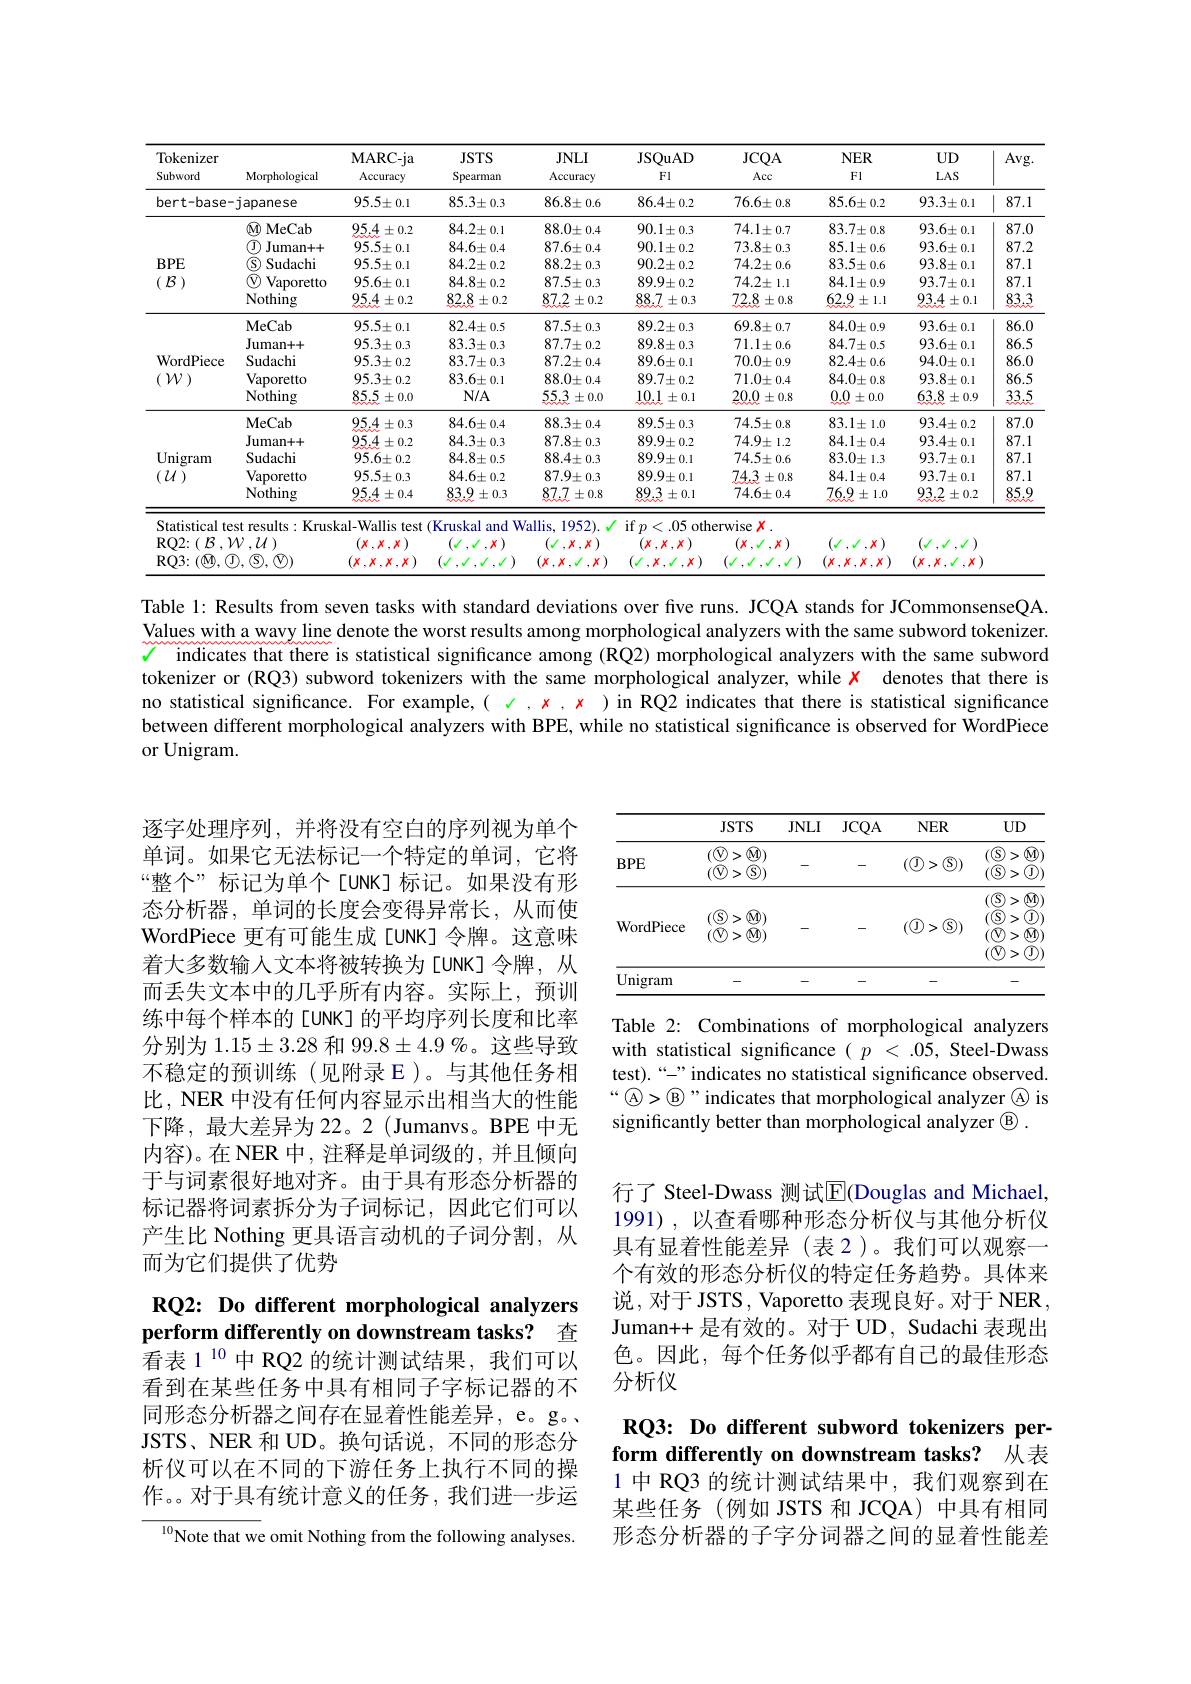
<table>
	<tbody>
		<tr>
			<th>Tokenizer Subword</th>
			<th>Morphological</th>
			<th>MARC- ja Accuracy</th>
			<th>$JSTS$ Spearman</th>
			<th>$JNLI$ Accuracy</th>
			<th>JSQuAD Fl</th>
			<th>$JCQA$ Acc</th>
			<th>$NER$ $F1$</th>
			<th>$UD$ $LAS$</th>
			<th>Avg</th>
		</tr>
		<tr>
			<td>bert-base</td>
			<td>japanese</td>
			<td>$95.5\pm0.1$</td>
			<td>$85.3\pm0.3$</td>
			<td>$86.8\pm0.6$</td>
			<td>$86.4\pm0.2$</td>
			<td>$76.6\pm0.8$</td>
			<td>$85.6\pm0.2$</td>
			<td>$93.3\pm0.1$</td>
			<td>87.1 1 1</td>
		</tr>
		<tr>
			<td rowspan="5">$BPE$ ( $\mathcal{B}$ )</td>
			<td>$\textcircled{\mathrm{M}}$ MeCab</td>
			<td>$95.4\pm0.2$</td>
			<td>$84.2\pm0.1$</td>
			<td>$88.0\pm0.4$</td>
			<td>$90.1\pm0.3$</td>
			<td>$74.1\pm0.7$</td>
			<td>$83.7\pm0.8$</td>
			<td>$93.6\pm0.1$</td>
			<td>87.0</td>
		</tr>
		<tr>
			<td>$\textcircled{\mathrm{T}}$, ${\mathrm{Juman++}}$</td>
			<td>$95.5\pm0.1$</td>
			<td>$84.6\pm0.4$</td>
			<td>$87.6\pm0.4$</td>
			<td>$90.1\pm0.2$</td>
			<td>$73.8\pm0.3$</td>
			<td>$85.1\pm0.6$</td>
			<td>$93.6\pm0.1$</td>
			<td>87.2</td>
		</tr>
		<tr>
			<td>Sudachi $\Lambda$</td>
			<td>$95.5\pm0.1$</td>
			<td>$84.2\pm0.2$</td>
			<td>$88.2\pm0.3$</td>
			<td>$90.2\pm0.2$</td>
			<td>$74.2\pm0.6$</td>
			<td>$83.5\pm0.6$</td>
			<td>$93.8\pm0.1$</td>
			<td>87.1</td>
		</tr>
		<tr>
			<td>Vaporetto</td>
			<td>$95.6\pm0.1$</td>
			<td>$84.8\pm0.2$</td>
			<td>$87.5\pm0.3$</td>
			<td>$89.9\pm0.2$</td>
			<td>$74.2\pm1.1$</td>
			<td>$84.1\pm0.9$</td>
			<td>$93.7\pm0.1$</td>
			<td>87.1</td>
		</tr>
		<tr>
			<td>Nothing</td>
			<td>95.4 $\therefore\pm0.2$</td>
			<td>82.8 $\pm0.2$</td>
			<td>87.2 $\pm0.2$ </td>
			<td>88.7 $\pm0.3$</td>
			<td>72.8 $\pm0.8$</td>
			<td>62.9 $\pm1.1$</td>
			<td>$93.4\pm0.1$</td>
			<td>83.3</td>
		</tr>
		<tr>
			<td rowspan="5">WordPiece ( $\mathcal{W}$ )</td>
			<td>MeCab</td>
			<td>$95.5\pm0.1$</td>
			<td>$82.4\pm0.5$</td>
			<td>$87.5\pm0.3$</td>
			<td>$89.2\pm0.3$</td>
			<td>$69.8\pm0.7$</td>
			<td>$84.0\pm0.9$</td>
			<td>$93.6\pm0.1$</td>
			<td>86.0</td>
		</tr>
		<tr>
			<td>${\mathrm{Juman++}}$</td>
			<td>$95.3\pm0.3$</td>
			<td>$83.3\pm0.3$</td>
			<td>$87.7\pm0.2$</td>
			<td>$89.8\pm0.3$</td>
			<td>$71.1\pm0.6$</td>
			<td>$84.7\pm0.5$</td>
			<td>$93.6\pm0.1$</td>
			<td>86.5</td>
		</tr>
		<tr>
			<td>Sudachi</td>
			<td>$95.3\pm0.2$</td>
			<td>$83.7\pm0.3$</td>
			<td>$87.2\pm0.4$</td>
			<td>$89.6\pm0.1$</td>
			<td>$70.0\pm0.9$</td>
			<td>$82.4\pm0.6$</td>
			<td>$94.0\pm0.1$</td>
			<td>86.0</td>
		</tr>
		<tr>
			<td>Vaporetto</td>
			<td>$95.3\pm0.2$</td>
			<td>$83.6\pm0.1$</td>
			<td>$88.0\pm0.4$</td>
			<td>$89.7\pm0.2$</td>
			<td>$71.0\pm0.4$</td>
			<td>$84.0\pm0.8$</td>
			<td>$93.8\pm0.1$</td>
			<td>86.5</td>
		</tr>
		<tr>
			<td>$\bar{\text{Nothing}}$</td>
			<td>85.5 $\pm0.0$</td>
			<td>$N/A$</td>
			<td>55.3 $\pm0.0$</td>
			<td>10.1 $\pm0.1$</td>
			<td>20.0 $\pm0.8$</td>
			<td>0.0 $\pm0.0$</td>
			<td>63.8 $\pm0.9$</td>
			<td>33.5</td>
		</tr>
		<tr>
			<td rowspan="5">Unigram $(U)$</td>
			<td>MeCab</td>
			<td>$95.4\pm0.3$</td>
			<td>$84.6\pm0.4$</td>
			<td>$88.3\pm0.4$</td>
			<td>$89.5\pm0.3$</td>
			<td>$74.5\pm0.8$</td>
			<td>$83.1\pm1.0$</td>
			<td>$93.4\pm0.2$</td>
			<td>87.0</td>
		</tr>
		<tr>
			<td>Juman++</td>
			<td>95. $\pm0.2$ 4</td>
			<td>$84.3\pm0.3$</td>
			<td>$87.8\pm0.3$</td>
			<td>$89.9\pm0.2$</td>
			<td>$74.9\pm1.2$</td>
			<td>$84.1\pm0.4$</td>
			<td>$93.4\pm0.1$</td>
			<td>87.1</td>
		</tr>
		<tr>
			<td>Sudachi</td>
			<td>$95.6\pm0.2$</td>
			<td>$84.8\pm0.5$</td>
			<td>$88.4\pm0.3$</td>
			<td>$89.9\pm0.1$</td>
			<td>$74.5\pm0.6$</td>
			<td>$83.0\pm1.3$</td>
			<td>$93.7\pm0.1$</td>
			<td>87.1</td>
		</tr>
		<tr>
			<td>Vaporetto</td>
			<td>$95.5\pm0.3$</td>
			<td>$84.6\pm0.2$</td>
			<td>$87.9\pm0.3$</td>
			<td>$89.9\pm0.1$</td>
			<td>74.3 $\pm0.8$</td>
			<td>$84.1\pm0.4$</td>
			<td>$93.7\pm0.1$</td>
			<td>87.1</td>
		</tr>
		<tr>
			<td>$\bar{\text{Nothing}}$</td>
			<td>$95.4\pm0.4$</td>
			<td>83.9 $\pm0.3$</td>
			<td>87.7 $\pm0.8$</td>
			<td>89.3 $\pm0.1$</td>
			<td>WW $74.6\pm0.4$</td>
			<td>76.9 $\pm1.0$</td>
			<td>93.2 $\pm0.2$</td>
			<td>85.9</td>
		</tr>
		<tr>
			<td>Statistical te</td>
			<td>st results: Krusk</td>
			<td>kal-Wallis stest 1</td>
			<td>Kruskal and $W$</td>
			<td>$lallis.$ 1952 7</td>
			<td>$\operatorname{if}p$ .05 oth 一 1</td>
			<td>erwise</td>
			<td> </td>
			<td> </td>
			<td> </td>
		</tr>
		<tr>
			<td>$RQ2:$ $B.$ 1</td>
			<td>$V,U)$</td>
			<td>A $X$ $X$</td>
			<td>·</td>
			<td>X $\therefore X$</td>
			<td>$X$</td>
			<td> </td>
			<td>$X$</td>
			<td> </td>
			<td> </td>
		</tr>
		<tr>
			<td rowspan="1">$RO3:$ $fN$ T</td>
			<td> </td>
			<td> </td>
			<td> </td>
			<td> </td>
			<td> </td>
			<td> </td>
			<td>$X$ $,X,X.$ $\therefore X$</td>
			<td>$X$ $X$ $X$</td>
			<td> </td>
		</tr>
	</tbody>
</table>

Table l: Results from seven tasks with standard deviations over five runs. JCQA stands for JCommonsenseQA Values with a wavy line denote the worst results among morphological analyzers with the same subword tokenizer. $\checkmark$ indicates that there is statistical significance among (RQ2) morphological analyzers with the same subword tokenizer or (RQ3) subword tokenizers with the same morphological analyzer, while $\color{red}{x}$ denotes that there is no statistical significance. For example,( √ , $x$ , $x$ )in RQ2 indicates that there is statistical significance between different morphological analyzers with BPE, while no statistical significance is observed for WordPiece or Unigram.

<table>
	<tbody>
		<tr>
			<th> </th>
			<th>$JSTS$</th>
			<th>$JNLI$</th>
			<th>$JCQA$</th>
			<th>$NER$</th>
			<th>$UD$</th>
		</tr>
		<tr>
			<td>$BPE$</td>
			<td>$(\textcircled{\mathrm{V}}>$ $\textcircled{M})$ $(\textcircled{\mathrm{V}}$ $\textcircled{\mathrm{S}})$</td>
			<td>-</td>
			<td>-</td>
			<td>$(\textcircled{1}>\textcircled{3})$</td>
			<td>$(\textcircled{\mathrm{S}}>$ $N$ $(\textcircled{\mathrm{S}});$ ${\textcircled{J}}$ 、 T</td>
		</tr>
		<tr>
			<td>WordPiece</td>
			<td>$(\textcircled{\mathrm{S}}>$ $\textcircled{\mathrm{M}})$ $(\textcircled{0}>1$ $\textcircled{1})$</td>
			<td>-</td>
			<td>一</td>
			<td>$(\textcircled{\mathrm{J}}>\textcircled{\mathrm{S}})$</td>
			<td>$((\mathbb{S}$, > S</td>
		</tr>
		<tr>
			<td>Unigram</td>
			<td>-</td>
			<td> </td>
			<td> </td>
			<td>-</td>
			<td> </td>
		</tr>
	</tbody>
</table>

逐字处理序列，并将没有空白的序列视为单个单词。如果它无法标记一个特定的单词，它将“整个” 标记为单个标记。如果没有形态分析器，单词的长度会变得异常长，从而使WordPiece 更有可能生成 令牌。这意味着大多数输入文本将被转换为令牌，从而丢失文本中的几乎所有内容。实际上，预训练中每个样本的 的平均序列长度和比率分别为 1.15$\pm3.28$和 99.8$\pm4.9\%$。这些导致不稳定的预训练(见附录 E)。与其他任务相比，NER 中没有任何内容显示出相当大的性能下降，最大差异为 22。2(Jumanvs。BPE 中无内容)。在 NER 中，注释是单词级的，并且倾向于与词素很好地对齐。由于具有形态分析器的标记器将词素拆分为子词标记，因此它们可以产生比 Nothing 更具语言动机的子词分割，从而为它们提供了优势

Table 2: Combinations of morphological analyzers with statistical significance $( p$ < .05, Steel- Dwass test).“-”indicates no statistical significance observed. $“\textcircled{\mathrm{A}}>\textcircled{\mathrm{B}}”$indicates that morphological analyzer $\textcircled{\mathrm{A}}$ is significantly better than morphological analyzer $\textcircled{\mathrm{B}}.$

行了 Steel-Dwass 测试$\overline{\mathrm{E}}$(Douglas and Michael, 1991),以查看哪种形态分析仪与其他分析仪具有显着性能差异(表 2)。我们可以观察一个有效的形态分析仪的特定任务趋势。具体来说，对于 JSTS, Vaporetto 表现良好。对于 NER, Juman++ 是有效的。对于 UD, Sudachi 表现出色。因此，每个任务似乎都有自己的最佳形态分析仪

## RQ2: Do different morphological analyzers perform differently on downstream tasks? 查看表1$^{10}$中RQ2 的统计测试结果，我们可以

看到在某些任务中具有相同子字标记器的不同形态分析器之间存在显着性能差异，e。g。JSTS、NER 和 UD。换句话说，不同的形态分析仪可以在不同的下游任务上执行不同的操作。。对于具有统计意义的任务，我们进一步运

## RQ3: Do different subword tokenizers perform differently on downstream tasks? 从表

1 中 RQ3 的统计测试结果中，我们观察到在某些任务(例如 JSTS 和 JCQA) 中具有相同形态分析器的子字分词器之间的显着性能差

$^{10}$Note that we omit Nothing from the following analyses.